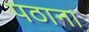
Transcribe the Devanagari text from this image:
पठाना